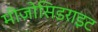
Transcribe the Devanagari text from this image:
मीज़ोसिडराइट